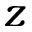
z